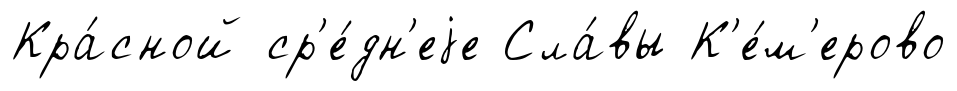
Кра́сной ср'е́дн'еjе Сла́вы К'е́м'ерово